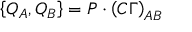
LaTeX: \left\{ Q _ { A } , Q _ { B } \right\} = P \cdot \left( C \Gamma \right) _ { A B }